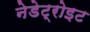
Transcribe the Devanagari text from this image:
नेडेट्रोइट